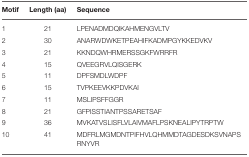
<table><thead><tr><td><b>Motif</b></td><td><b>Length (aa)</b></td><td><b>Sequence</b></td></tr></thead><tbody><tr><td>1</td><td>21</td><td>LPENADMDQIKAHMENGVLTV</td></tr><tr><td>2</td><td>30</td><td>ANARWDWKETPEAHIFKADMPGYKKEDVKV</td></tr><tr><td>3</td><td>21</td><td>KKNDQWHRMERSSGKFWRRFR</td></tr><tr><td>4</td><td>15</td><td>QVEEGRVLQISGERK</td></tr><tr><td>5</td><td>11</td><td>DPFSMDLWDPF</td></tr><tr><td>6</td><td>15</td><td>TVPKEEVKKPDVKAI</td></tr><tr><td>7</td><td>11</td><td>MSLIPSFFGGR</td></tr><tr><td>8</td><td>21</td><td>GFPISSTIANTPSSARETSAF</td></tr><tr><td>9</td><td>36</td><td>MVKATVSLISFLVLAIVMAFLPSKNEALIPYTRPTW</td></tr><tr><td>10</td><td>41</td><td>MDFRLMGMDNTPIFHVLQHMMDTAGDESDKSVNAPSRNYVR</td></tr></tbody></table>